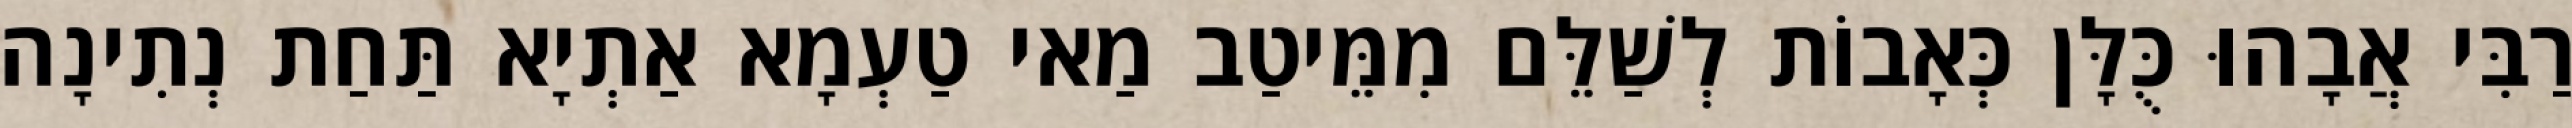
רַבִּי אֲבָהוּ כֻּלָּן כְּאָבוֹת לְשַׁלֵּם מִמֵּיטַב מַאי טַעְמָא אַתְיָא תַּחַת נְתִינָה